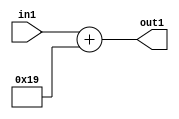
`timescale 1ps / 1ps
/*****************************************************************************
    Verilog RTL Description
    
    
    Created by: Stratus DpOpt 2019.1.01 
*******************************************************************************/

module DC_Filter_Add_12U_136_1 (
	in1,
	out1
	); /* architecture "behavioural" */ 
input [11:0] in1;
output [11:0] out1;
wire [11:0] asc001;

assign asc001 = 
	+(in1)
	+(12'B000000011001);

assign out1 = asc001;
endmodule

/* CADENCE  urj4Qgw= : u9/ySgnWtBlWxVPRXgAZ4Og= ** DO NOT EDIT THIS LINE ******/